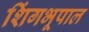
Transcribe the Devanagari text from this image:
शिंगभूपाल